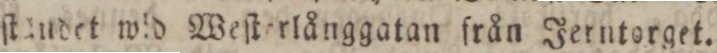
ſtaudet wid Weſterlånggatan från Jerntorget.